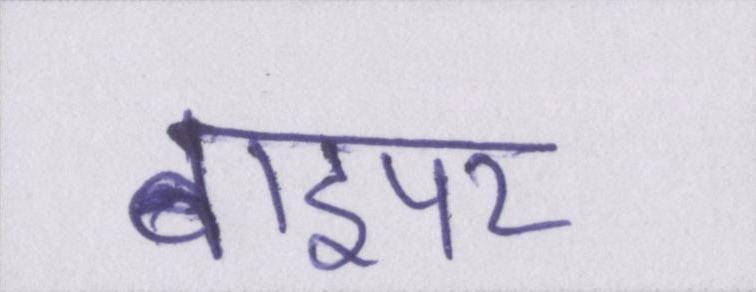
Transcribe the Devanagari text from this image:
वाइपर